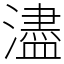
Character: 濜